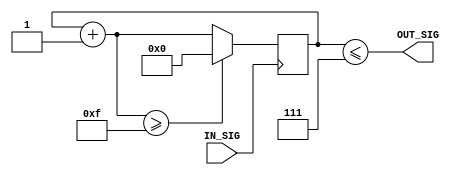
module clk_divider #
    (
        parameter DIVIDER = 15
    )
    (
        input IN_SIG,
        output wire OUT_SIG
    );

    // function called clogb2 that returns an integer which has the
    // value of the ceiling of the log base 2.
    function integer clogb2 (input integer bit_depth);
      begin
        for(clogb2=0; bit_depth>0; clogb2=clogb2+1)
          bit_depth = bit_depth >> 1;
      end
    endfunction

    localparam BITS = clogb2(DIVIDER-1);

    // higher and out of the range of [0, DIVIDER-1]
    localparam MAX = 1 << BITS;

    // how many counts to keep the out clock low
    localparam integer HIGH = DIVIDER / 2;

    reg [BITS:0] counter = 0;

    always @(posedge IN_SIG)
    begin
        counter = counter + 1;
        if (counter >= DIVIDER) begin
            counter = 0;
        end
    end

    assign OUT_SIG = (counter <= HIGH);

endmodule